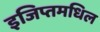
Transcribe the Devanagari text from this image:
इजिप्तमधिल